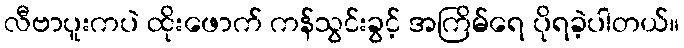
လီဗာပူးကပဲ ထိုးဖောက် ကန်သွင်းခွင့် အကြိမ်ရေ ပိုရခဲ့ပါတယ်။